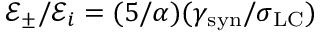
\mathcal { E } _ { \pm } / \mathcal { E } _ { i } = ( 5 / \alpha ) ( \gamma _ { \mathrm { s y n } } / \sigma _ { \mathrm { L C } } )